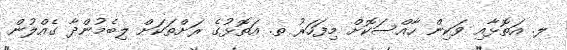
ލ. އަތޮޅާއި ވަކިން ހާއްސަކޮށް މިފަހަރު ތ. އަތޮޅުގެ ރަށްތަކަށް ލިބެމުންދާ ގެއްލުން